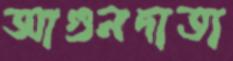
আগুনদাতা